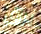
يرزق